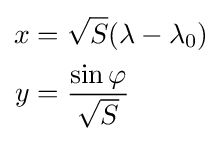
{\begin{aligned}x&={\sqrt {S}}(\lambda -\lambda _{0})\\y&={\frac {\sin \varphi }{\sqrt {S}}}\end{aligned}}